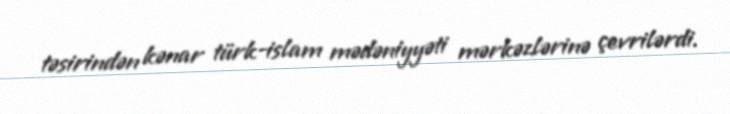
təsirindən kənar türk-islam mədəniyyəti mərkəzlərinə çevrilərdi.